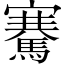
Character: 騫